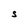
Character: S